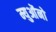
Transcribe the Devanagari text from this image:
म्युओंनो